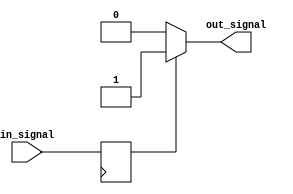
module voltage_level_shifter (
    input in_signal,
    output out_signal
);

    // Define input and output buffers
    reg in_buffer;
    wire out_buffer;

    // Level shifting logic
    assign out_buffer = (in_buffer) ? 1'b1 : 1'b0; // Example logic for level shifting

    // Control signals for voltage level conversion selection (not implemented here)

    // Assign input signal to input buffer
    always @ (posedge clk) begin
        in_buffer <= in_signal;
    end

    // Assign output buffer to output signal
    assign out_signal = out_buffer;

endmodule